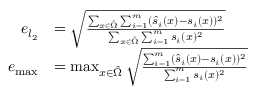
\begin{array} { r l } { e _ { l _ { 2 } } } & { = \sqrt { \frac { \sum _ { x \in \hat { \Omega } } \sum _ { i = 1 } ^ { m } ( \hat { s } _ { i } ( x ) - s _ { i } ( x ) ) ^ { 2 } } { \sum _ { x \in \hat { \Omega } } \sum _ { i = 1 } ^ { m } s _ { i } ( x ) ^ { 2 } } } } \\ { e _ { \operatorname* { m a x } } } & { = \operatorname* { m a x } _ { x \in \hat { \Omega } } \sqrt { \frac { \sum _ { i = 1 } ^ { m } ( \hat { s } _ { i } ( x ) - s _ { i } ( x ) ) ^ { 2 } } { \sum _ { i = 1 } ^ { m } s _ { i } ( x ) ^ { 2 } } } } \end{array}